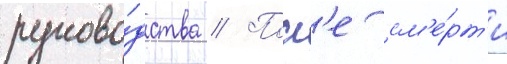
руково́дства // Посл'е см'е́рт'и